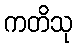
ကတိသု